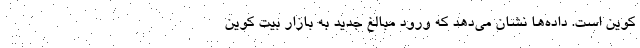
کوین است. داده‌ها نشان می‌دهد که ورود مبالغ جدید به بازار بیت کوین